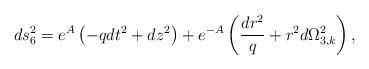
LaTeX: \begin{align*}ds_6^2 = e^A\left( -qdt^2+dz^2\right) + e^{-A}\left( \frac{dr^2}{q}+r^2 d\Omega^2 _{3,k} \right),\end{align*}